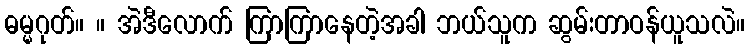
ဓမ္မဂုတ်။ ။ အဲဒီလောက် ကြာကြာနေတဲ့အခါ ဘယ်သူက ဆွမ်းတာဝန်ယူသလဲ။